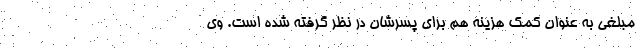
مبلغی به عنوان کمک ‌هزینه هم برای پسرشان در نظر گرفته شده است. وی